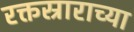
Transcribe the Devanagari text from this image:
रक्तस्राराच्या